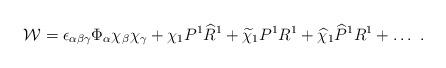
LaTeX: \begin{align*} {\cal W}=\epsilon_{\alpha\beta\gamma}\Phi_\alpha\chi_\beta\chi_\gamma+ \chi_1 P^1 {\widehat R}^1+{\widetilde\chi}_1 P^1 R^1+{\widehat \chi}_1 {\widehat P}^1 R^1+\dots~.\end{align*}